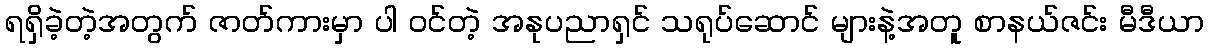
ရရှိခဲ့တဲ့အတွက် ဇာတ်ကားမှာ ပါ ဝင်တဲ့ အနုပညာရှင် သရုပ်ဆောင် များနဲ့အတူ စာနယ်ဇင်း မီဒီယာ